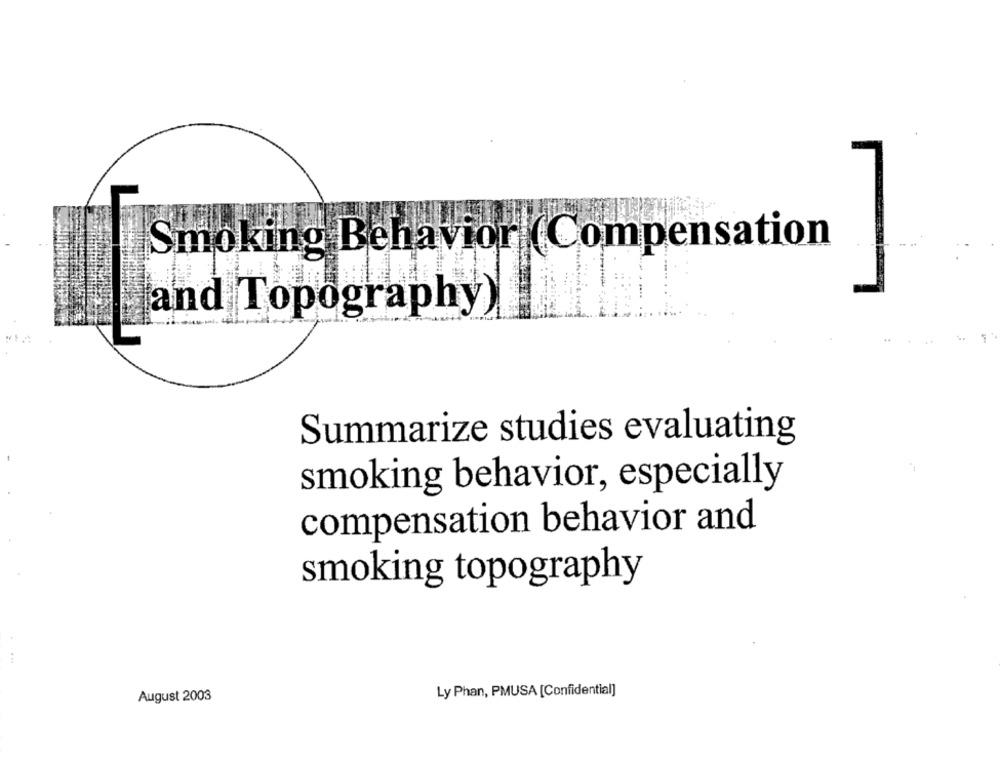
Smoking Behavior (Compensation
and Topography)
Summarize studies evaluating
smoking behavior, especially
compensation behavior and
smoking topography
Ly Phan, PMUSA [Confidential]
August 2003